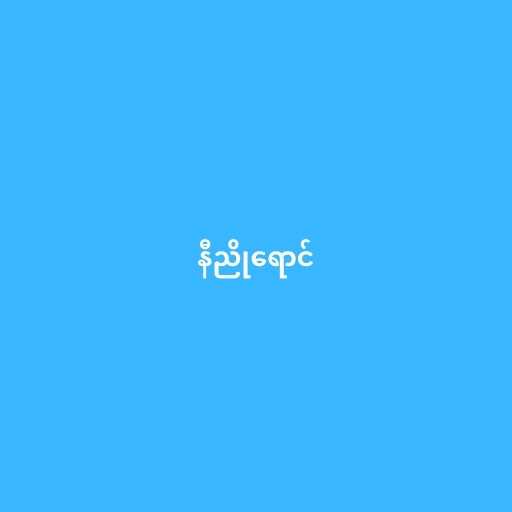
နီညိုရောင်